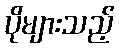
ပိုများသည့်